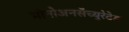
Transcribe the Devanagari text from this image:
मोनोअनसॅच्युरेटेड